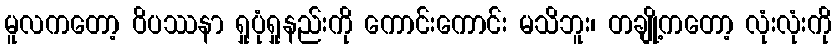
မူလကတော့ ဝိပဿနာ ရှုပုံရှုနည်းကို ကောင်းကောင်း မသိဘူး၊ တချို့ကတော့ လုံးလုံးကို